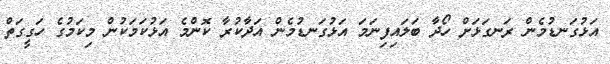
އަޅުގަނޑުމެން ރަނގަޅަށް ހޯދާ ބަލައިފިނަމަ އަޅުގަނޑުމެން އަދާކުރާ ކޮންމެ އަޅުކަމަކުން މިކަމުގެ ހަގީގަތް